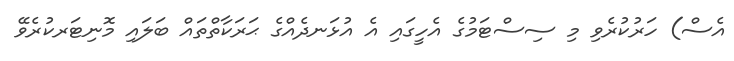
އެސް) ހަރުކުރެވި މި ސިސްޓަމުގެ އެހީގައި އެ އުޅަނދެއްގެ ޙަރަކާތްތައް ބަލައި މޮނިޓަރކުރެވޭ